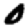
Digit: 0